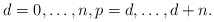
\begin{align*}d=0,\dots ,n, p=d,\dots ,d+n .\end{align*}